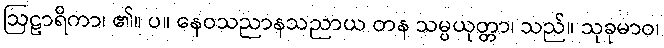
ဩဠာရိကာ၊ ၏။ ပ။ နေဝသညာနသညာယ တန သမ္ပယုတ္တာ၊ သည်။ သုခုမာဝ၊